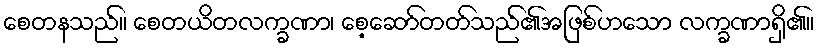
စေတနသည်။ စေတယိတလက္ခဏာ၊ စေ့ဆော်တတ်သည်၏အဖြစ်ဟသော လက္ခဏာရှိ၏။